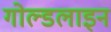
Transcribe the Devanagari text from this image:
गोल्डलाइन